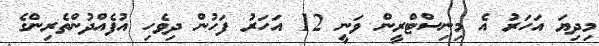
މިދިޔަ އަހަރު އެ މިނިސްޓްރީން ވަނީ 12 އަހަރު ފަހުން ދިވެހި އުފެއްދުންތެރިންގެ